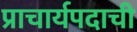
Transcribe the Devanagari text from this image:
प्राचार्यपदाची